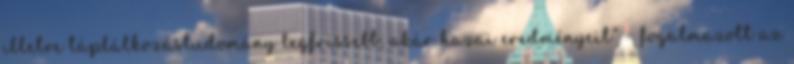
illetve táplálkozástudomány legfrissebb, akár hazai eredményeit” – fogalmazott az